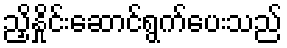
ညှိနှိုင်းဆောင်ရွက်ပေးသည်